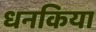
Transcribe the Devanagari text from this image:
धनकिया